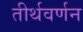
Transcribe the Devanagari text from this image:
तीर्थवर्णन